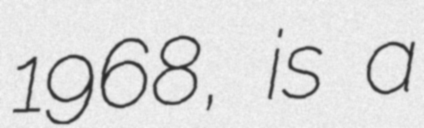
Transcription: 1968, is a